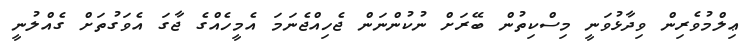
ޢިލްމުވެރިން ވިދާޅުވަނީ މިސްކިތުން ބޭރަށް ނުކުންނަން ޖެހިއްޖެނަމަ އެމީހެއްގެ ޖާގަ އެވަގުތަށް ގެއްލުނީ